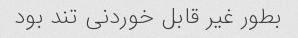
بطور غیر قابل خوردنی تند بود